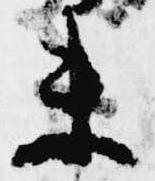
未